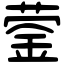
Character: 蓥